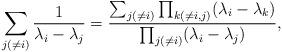
LaTeX: \begin{align*}\sum_{j(\neq i)}\frac{1}{\lambda_i-\lambda_j}=\frac{\sum_{j (\neq i)}\prod_{k (\neq i,j)}(\lambda_i-\lambda_k)}{\prod_{j (\neq i)}(\lambda_i-\lambda_j)},\end{align*}